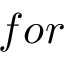
f o r